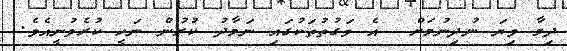
ދިމާ ވިޔަ ނުދިނުމަށް  އެ ވަގުތުތަކުގައި ނަމާދު ކުރުން ނަހީ ކުރެވުނީއެވެ.